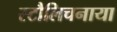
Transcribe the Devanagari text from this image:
स्टौलिचनाया